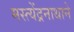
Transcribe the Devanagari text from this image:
मस्त्येंद्रनाथाने